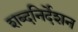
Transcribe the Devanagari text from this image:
शब्दनिर्देशन